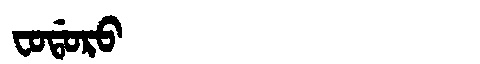
Manchu: ᠸᠣᡩᠣᡵᠣ
Romanization: FODORO